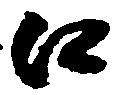
口